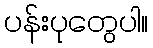
ပန်းပုတွေပါ။